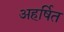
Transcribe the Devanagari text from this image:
अहर्षित